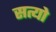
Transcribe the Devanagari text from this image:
सत्यो